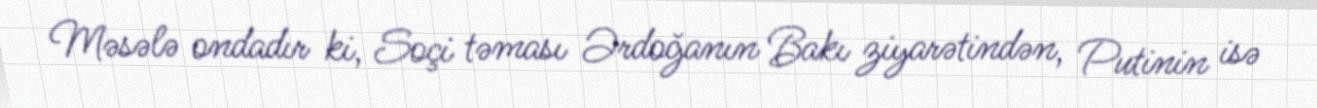
Məsələ ondadır ki, Soçi təması Ərdoğanın Bakı ziyarətindən, Putinin isə